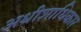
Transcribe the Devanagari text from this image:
अधीशाधिकार